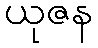
ယုဇန